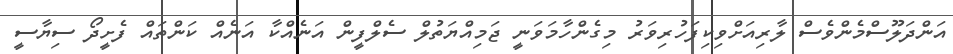
އަންދަލޫސްމެންވެސް ލާރިއަށްވިކިފަހުރިވަރު މިގެންހާމަވަނީ ޖަމިއްޔަތުލް ސެލްފީން އަނެއްކާ އަނެއް ކަންތައް ފެށީދޯ ސިޔާސީ